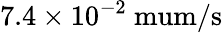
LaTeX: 7.4\times 10^{-2}\mathrm{\ mum/s}